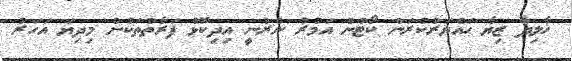
ޚާލިދާ ޒިޔާ ހައްޔަރުކުރަން ކޯޓުން އަމުރު ނެރުނީ އިދިކޮޅު ފަރާތްތަކުން މިދިޔަ އަހަރު